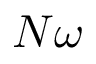
N \omega